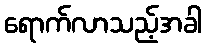
ရောက်လာသည့်အခါ